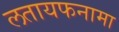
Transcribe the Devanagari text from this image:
लतायफनामा